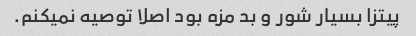
پیتزا بسیار شور و بد مزه بود اصلا توصیه نمیکنم.